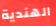
الهندية